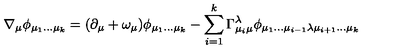
\nabla _ { \mu } \phi _ { \mu _ { 1 } \dots \mu _ { k } } = ( \partial _ { \mu } + \omega _ { \mu } ) \phi _ { \mu _ { 1 } \dots \mu _ { k } } - \sum _ { i = 1 } ^ { k } \Gamma _ { \mu _ { i } \mu } ^ { \lambda } \phi _ { \mu _ { 1 } \dots \mu _ { i - 1 } \lambda \mu _ { i + 1 } \dots \mu _ { k } }